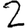
Digit: 2